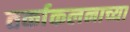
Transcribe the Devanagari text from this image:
तर्काकलनाच्या